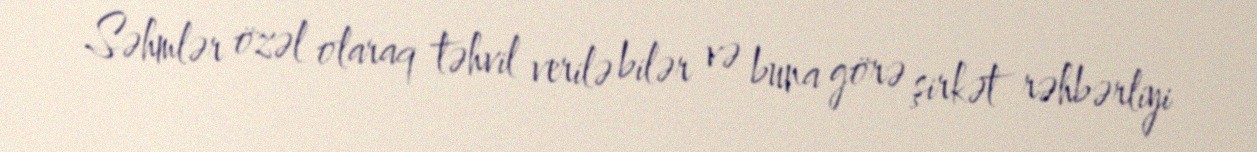
Səhmlər özəl olaraq təhvil verilə bilər və buna görə şirkət rəhbərliyi